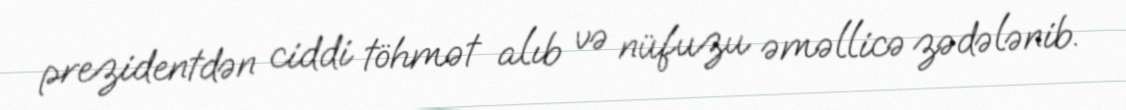
prezidentdən ciddi töhmət alıb və nüfuzu əməllicə zədələnib.